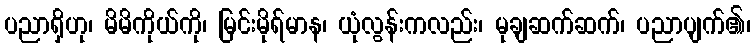
ပညာရှိဟု၊ မိမိကိုယ်ကို၊ မြင်းမိုရ်မာန၊ ယုံလွန်းကလည်း၊ မုချဆက်ဆက်၊ ပညာပျက်၏၊